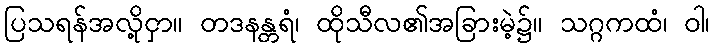
ပြသရန်အလို့ငှာ။ တဒနန္တရံ၊ ထိုသီလ၏အခြားမဲ့၌။ သဂ္ဂကထံ၊ ဝါ၊